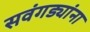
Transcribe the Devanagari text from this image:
सवंगड्यांना